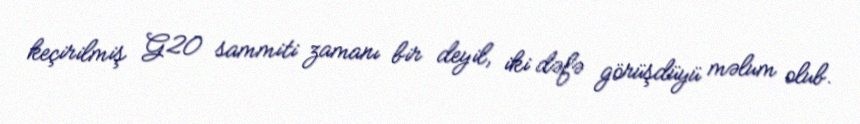
keçirilmiş G20 sammiti zamanı bir deyil, iki dəfə görüşdüyü məlum olub.